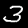
Digit: 3